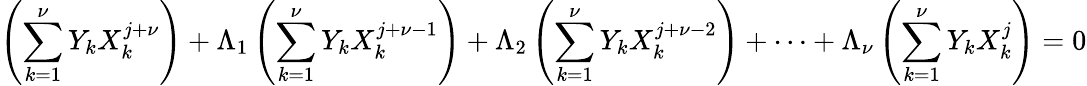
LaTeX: \left(\sum_{k=1}^{\nu}Y_{k}X_{k}^{j+\nu}\right)+\Lambda_{1}\left(\sum_{k=1}^{\nu}Y_{k}X_{k}^{j+\nu-1}\right)+\Lambda_{2}\left(\sum_{k=1}^{\nu}Y_{k}X_{k}^{j+\nu-2}\right)+\cdots+\Lambda_{\nu}\left(\sum_{k=1}^{\nu}Y_{k}X_{k}^{j}\right)=0